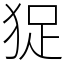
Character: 㹱